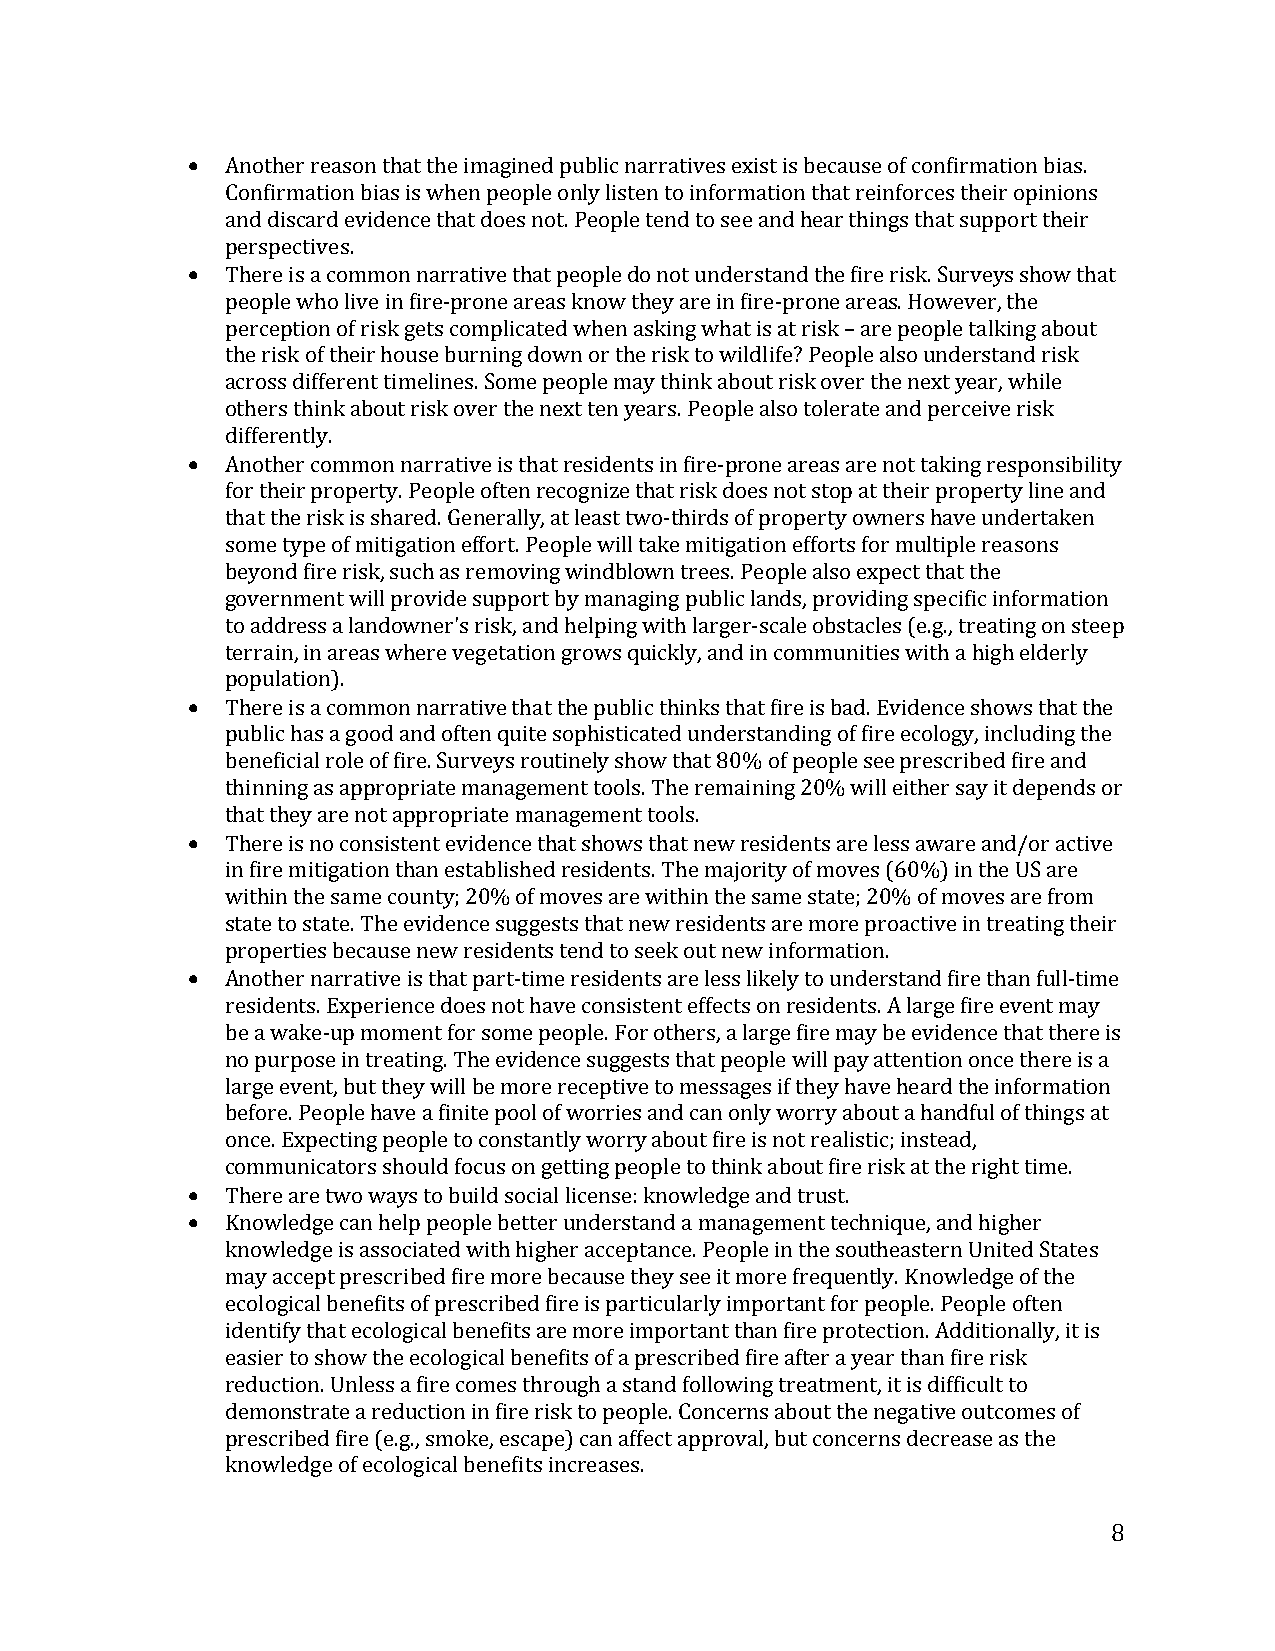
•
 Another reason that the imagined public narratives exist is because of confirmation bias.
 Confirmation bias is when people only listen to information that reinforces their opinions
 •  and discard evidence that does not. People tend to see and hear things that support their
 perspectives.
 There is a common narrative that people do not understand the fire risk. Surveys show that
 people who live in fire-prone areas know they are in fire-prone areas. However, the
 perception of risk gets complicated when asking what is at risk – are people talking about
 the risk of their house burning down or the risk to wildlife? People also understand risk
 across different timelines. Some people may think about risk over the next year, while
 •  others think about risk over the next ten years. People also tolerate and perceive risk
 differently.
 Another common narrative is that residents in fire-prone areas are not taking responsibility
 for their property. People often recognize that risk does not stop at their property line and
 that the risk is shared. Generally, at least two-thirds of property owners have undertaken
 some type of mitigation effort. People will take mitigation efforts for multiple reasons
 beyond fire risk, such as removing windblown trees. People also expect that the
 government will provide support by managing public lands, providing specific information
 to address a landowner's risk, and helping with larger-scale obstacles (e.g., treating on steep
 •  terrain, in areas where vegetation grows quickly, and in communities with a high elderly
 population).
 There is a common narrative that the public thinks that fire is bad. Evidence shows that the
 public has a good and often quite sophisticated understanding of fire ecology, including the
 beneficial role of fire. Surveys routinely show that 80% of people see prescribed fire and
 •  thinning as appropriate management tools. The remaining 20% will either say it depends or
 that they are not appropriate management tools.
 There is no consistent evidence that shows that new residents are less aware and/or active
 in fire mitigation than established residents. The majority of moves (60%) in the US are
 within the same county; 20% of moves are within the same state; 20% of moves are from
 •  state to state. The evidence suggests that new residents are more proactive in treating their
 properties because new residents tend to seek out new information.
 Another narrative is that part-time residents are less likely to understand fire than full-time
 residents. Experience does not have consistent effects on residents. A large fire event may
 be a wake-up moment for some people. For others, a large fire may be evidence that there is
 no purpose in treating. The evidence suggests that people will pay attention once there is a
 large event, but they will be more receptive to messages if they have heard the information
 before. People have a finite pool of worries and can only worry about a handful of things at
 •  once. Expecting people to constantly worry about fire is not realistic; instead,
 •  communicators should focus on getting people to think about fire risk at the right time.
 There are two ways to build social license: knowledge and trust.
 Knowledge can help people better understand a management technique, and higher
 knowledge is associated with higher acceptance. People in the southeastern United States
 may accept prescribed fire more because they see it more frequently. Knowledge of the
 ecological benefits of prescribed fire is particularly important for people. People often
 identify that ecological benefits are more important than fire protection. Additionally, it is
 easier to show the ecological benefits of a prescribed fire after a year than fire risk
 reduction. Unless a fire comes through a stand following treatment, it is difficult to
 demonstrate a reduction in fire risk to people. Concerns about the negative outcomes of
 prescribed fire (e.g., smoke, escape) can affect approval, but concerns decrease as the
 knowledge of ecological benefits increases.
 8